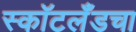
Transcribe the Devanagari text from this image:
स्कॉटलँडचा